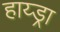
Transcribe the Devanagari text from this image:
हाय्ड्रा